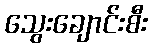
သွေးချောင်းစီး